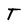
Character: T